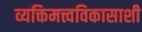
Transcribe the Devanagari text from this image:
व्यक्तिमत्त्वविकासाशी